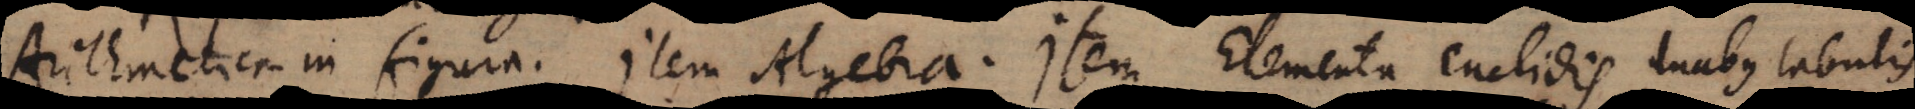
Arithmetica in figura. Item Algebra. Elementa Euclidis duabus tabulis